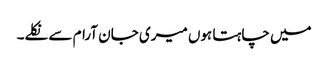
میں چاہتا ہوں میری جان آرام سے نکلے۔